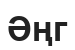
Әңг